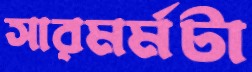
সারমর্মটা